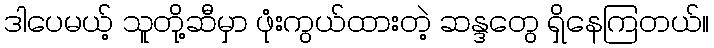
ဒါပေမယ့် သူတို့ဆီမှာ ဖုံးကွယ်ထားတဲ့ ဆန္ဒတွေ ရှိနေကြတယ်။